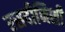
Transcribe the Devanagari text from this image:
रसदीनिशी